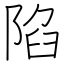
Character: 陷